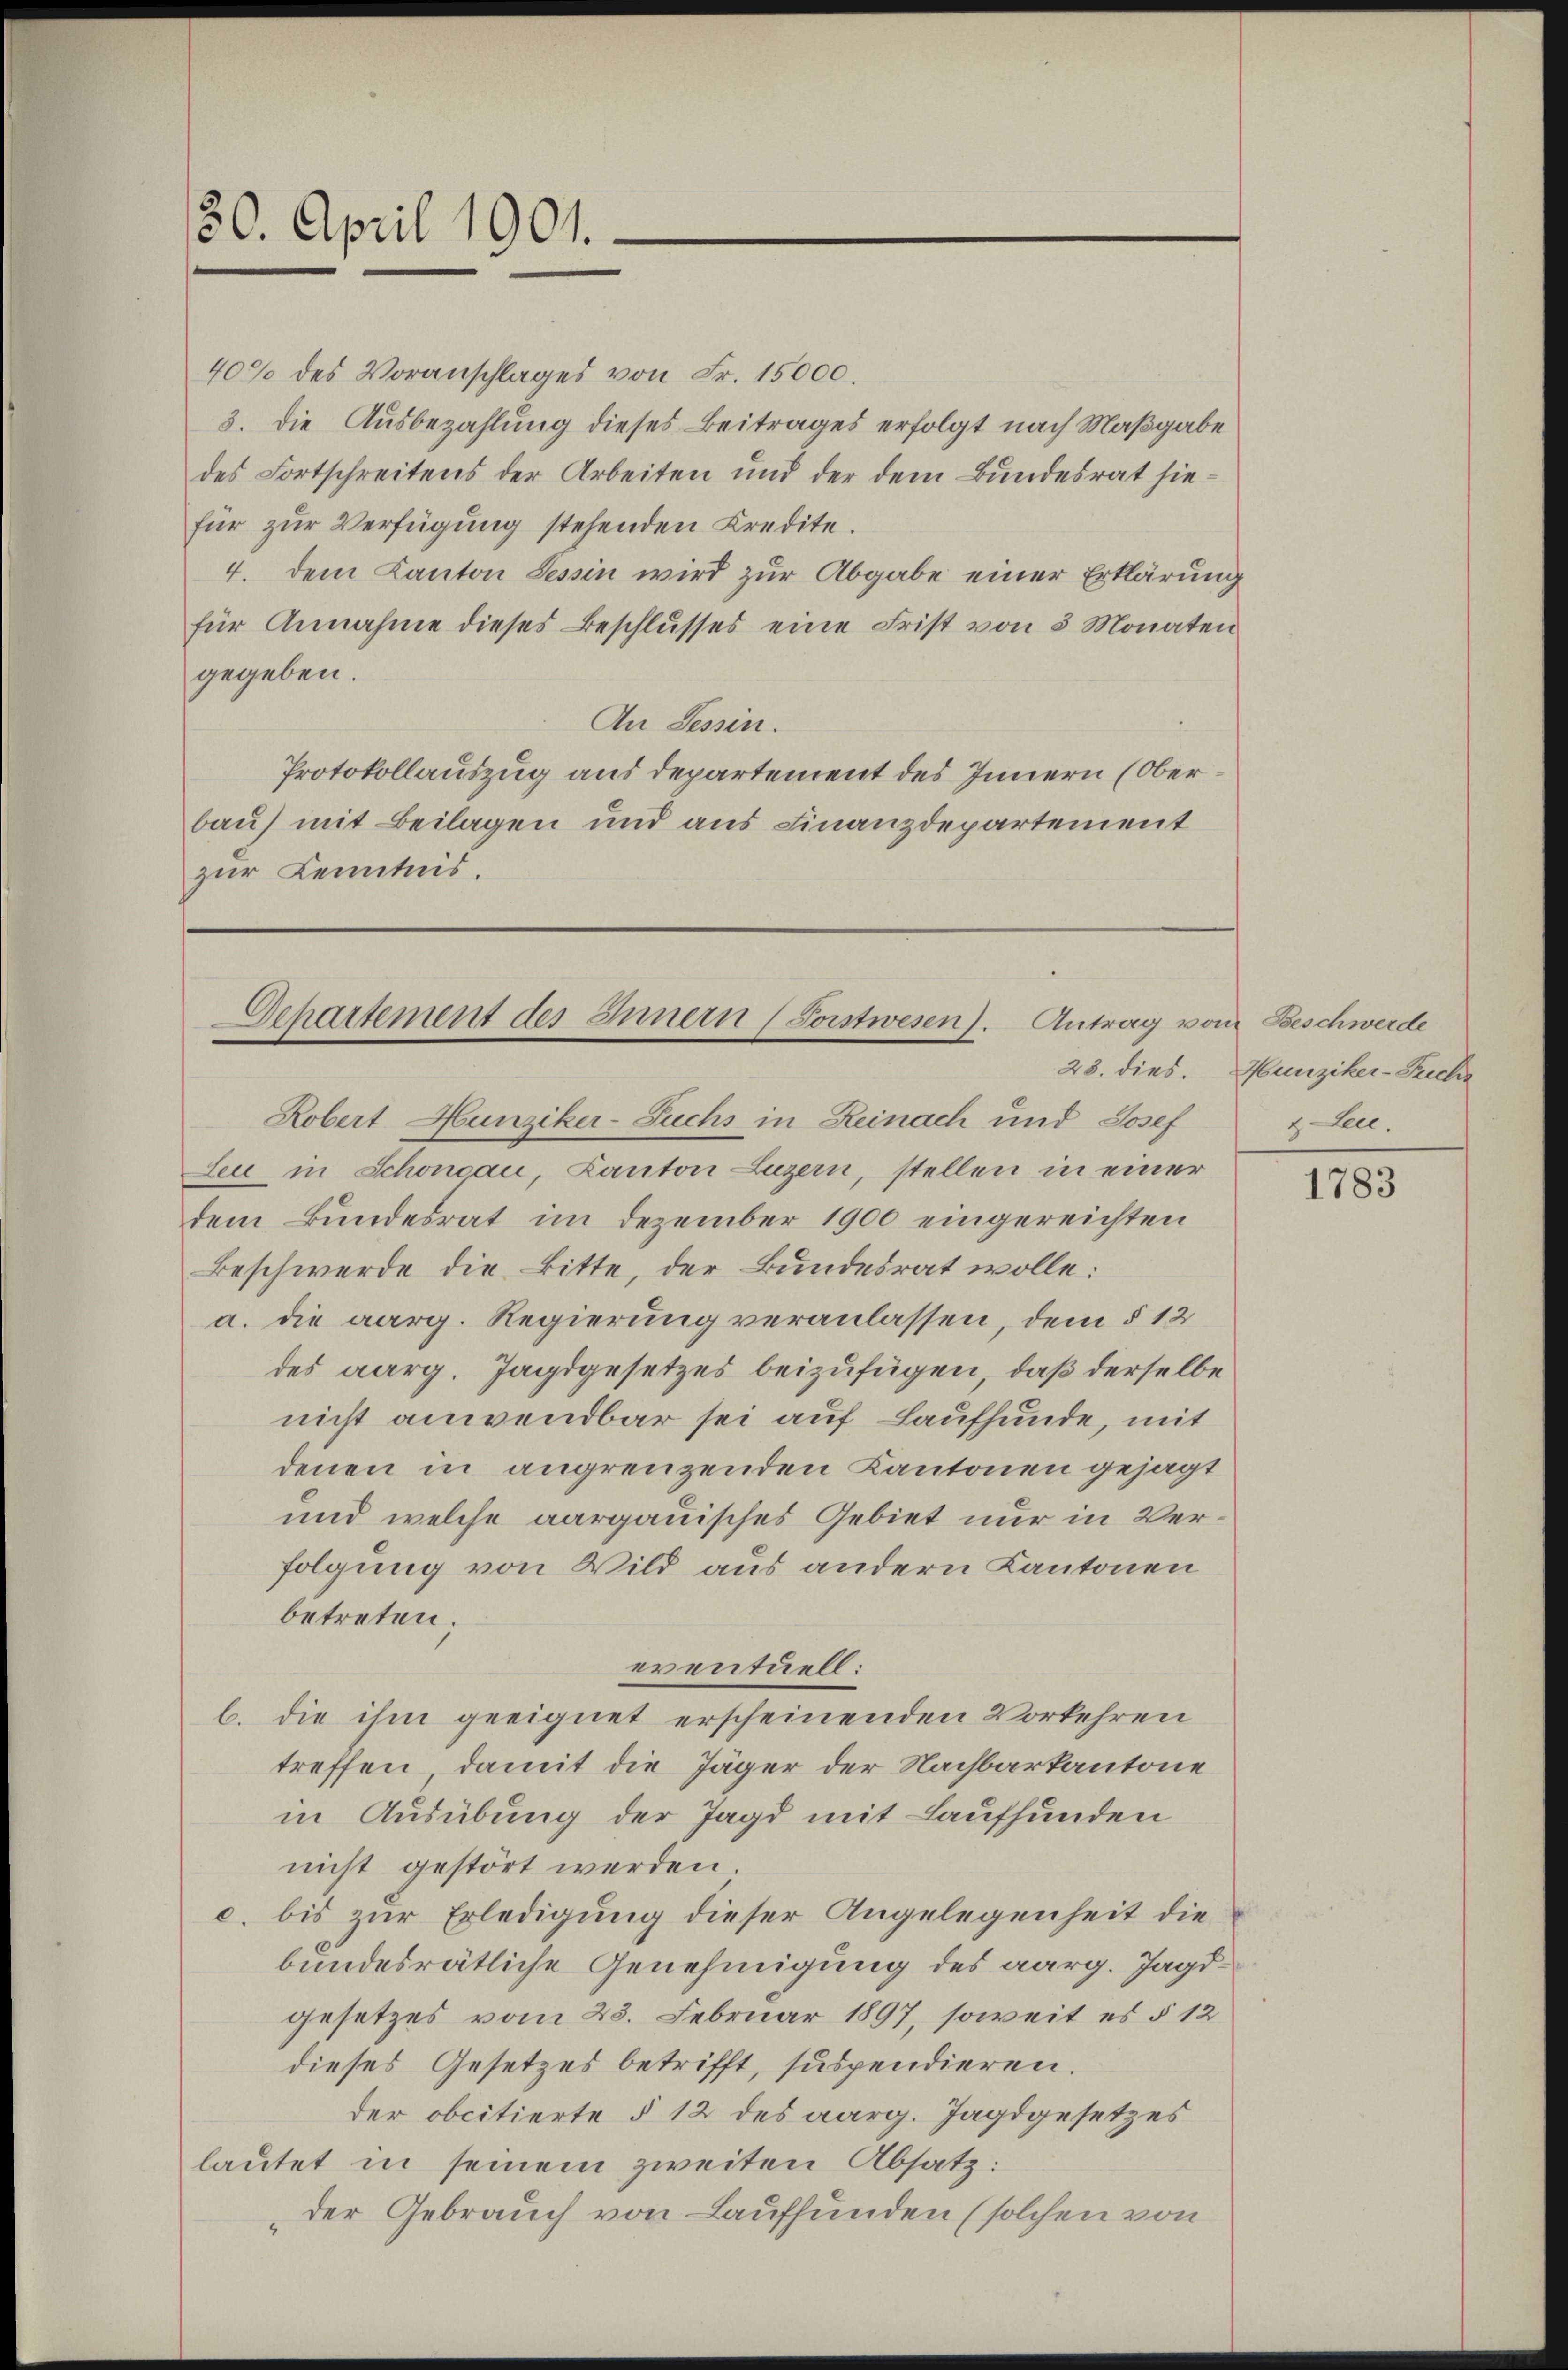
30. April 1901.

40% des Voranschlages von Fr. 15000.
3. Die Ausbezahlung dieses Beitrages erfolgt nach Maßgabe
des Fortschreitens der Arbeiten und der dem Bundesrat hiefür zŭr Verfügung stehenden Kredite.
4. dem Kanton Tessin wird zur Abgabe einer Erklärung
für Annahme dieses Beschlŭsses eine Frist von 3 Monaten
gegeben.
An Tessin.
Protokollauszug aus departement des Innern (Oberbau) mit Beilagen und aus Finanzdepartement
zur Kenntnis.

Departement des Innern (Porstwesen). Antrag vom Beschwerde
Robert Hunziker-Fuchs in Reinach und Josef

Leu in Schoneau, Kanton Luzern, stellen in einer
dem Bundesrat im Dezember 1900 eingereichten
Beschwerde die Bitte, der Bundesrat wolle:
a. die aarg. Regierung veranlassen, dem § 12
des aarg. Jagdgesetzes beizufügen, daß derselbe
nicht anwendbar sei auf Laufhunde, mit
denen in angrenzenden Kantonen gesagt
und welche aargauisches Gebiet nur in Verfolgung von Wild aus andern Kantonen
betreten.
eventuell:
b. die ihm geeignet erscheinenden Vorkehren
treffen, damit die Jäger der Nachbarkantone
in Ausübung der Jagd mit Laufhunden
nicht gestört werden.
c. bis zur Erledigung dieser Angelegenheit die
bundesrätliche Genehmigung des aarg. Jagdgesetzes vom 23. Februar 1897, soweit es § 12
dieses Gesetzes betrifft, suspendieren.
der obcitierte § 12 des aarg. Jagdgesetzes
lautet in seinem zweiten Absatz:
der Gebrauch von Lauffunden (solchen von

23. dies. Hunziker-Preche
Lec.

1783